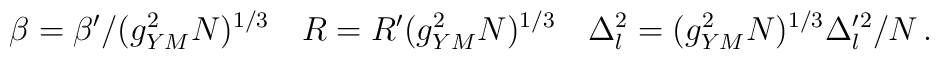
\beta = \beta' / (g^2_{YM} N)^{1/3} \quad R = R' (g^2_{YM} N)^{1/3} \quad \Delta_l^2 = (g^2_{YM} N)^{1/3} \Delta'_l{}^2 / N\,.